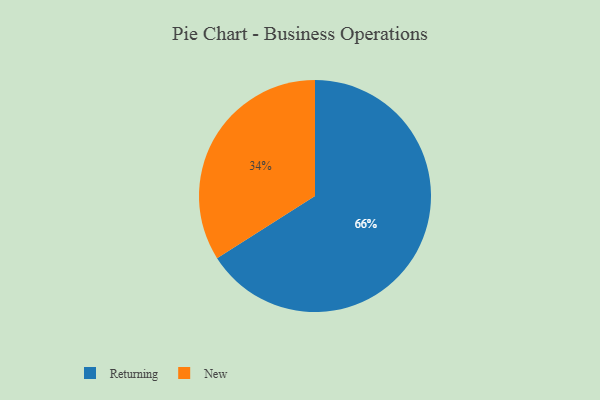
{"axis": {"x": "Category", "y": "Percentage"}, "legend": ["New", "Returning"], "data": [{"x": "New", "y": 34, "type": "New"}, {"x": "Returning", "y": 66, "type": "Returning"}]}